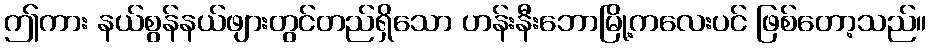
ဤကား နယ်စွန်နယ်ဖျားတွင်တည်ရှိသော ဟန်းနီးဘောမြို့ကလေးပင် ဖြစ်တော့သည်။